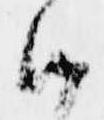
候